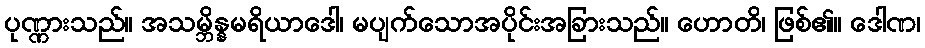
ပုဏ္ဏားသည်။ အသမ္ဘိန္နမရိယာဒေါ၊ မပျက်သောအပိုင်းအခြားသည်။ ဟောတိ၊ ဖြစ်၏။ ဒေါဏ၊